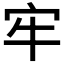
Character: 牢